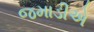
જમાડીએ